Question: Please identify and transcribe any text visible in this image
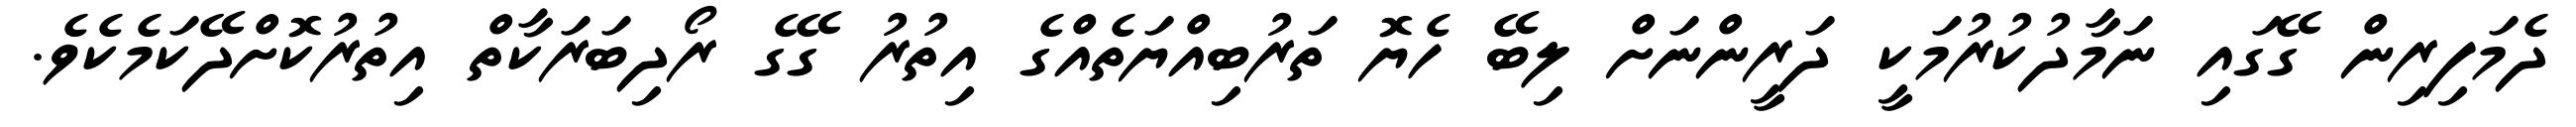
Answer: ދެމަފިރިން ގޭގައި ނަމާދުކުރުމަކީ ދަރީންނަށް ލިބޭ ހެޔޮ ތަރުބިއްޔަތެއްގެ އިތުރު ގޭގެ ރޯދިބަރަކާތް އިތުރުކޮށްދޭކަމެކެވެ.